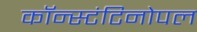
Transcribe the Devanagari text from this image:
कॉन्स्टंटिनोपल